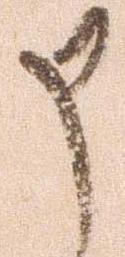
申